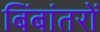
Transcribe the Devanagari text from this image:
बिंबांतरों